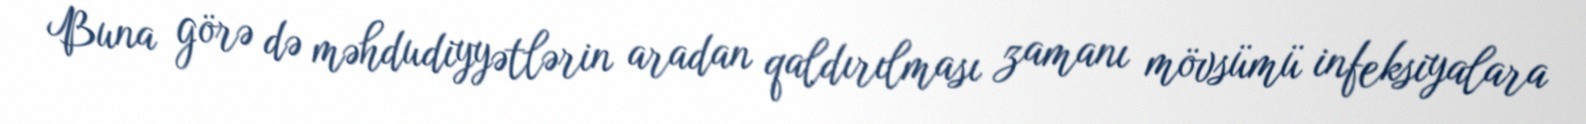
Buna görə də məhdudiyyətlərin aradan qaldırılması zamanı mövsümü infeksiyalara